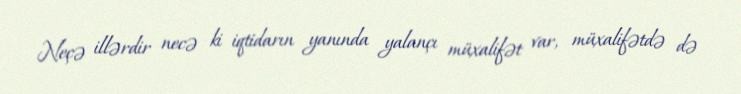
Neçə illərdir necə ki iqtidarın yanında yalançı müxalifət var, müxalifətdə də